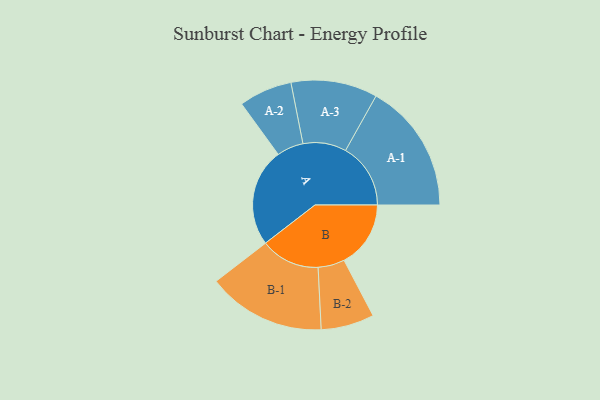
{"axis": {"x": "Segment", "y": "Value"}, "legend": ["", "A", "B"], "data": [{"x": "A", "y": 431, "type": ""}, {"x": "B", "y": 293, "type": ""}, {"x": "A-1", "y": 286, "type": "A"}, {"x": "A-2", "y": 117, "type": "A"}, {"x": "A-3", "y": 190, "type": "A"}, {"x": "B-1", "y": 260, "type": "B"}, {"x": "B-2", "y": 117, "type": "B"}]}